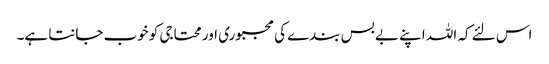
اس لئے کہ اللہ اپنے بے بس بندے کی مجبوری اور محتاجی کو خوب جانتا ہے۔